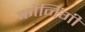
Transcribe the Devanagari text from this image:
कोनिंगी